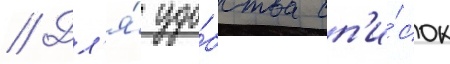
// Дл'я́ удо́бства сп'и́сок